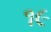
૧૯